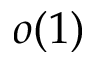
o ( 1 )